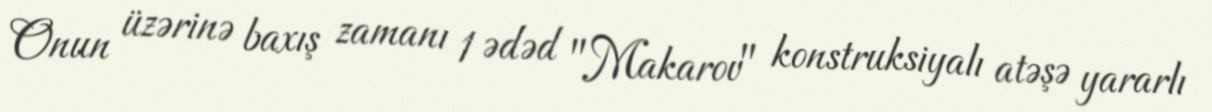
Onun üzərinə baxış zamanı 1 ədəd "Makarov" konstruksiyalı atəşə yararlı